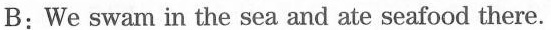
B: We swam in the sea and ate seafood there.